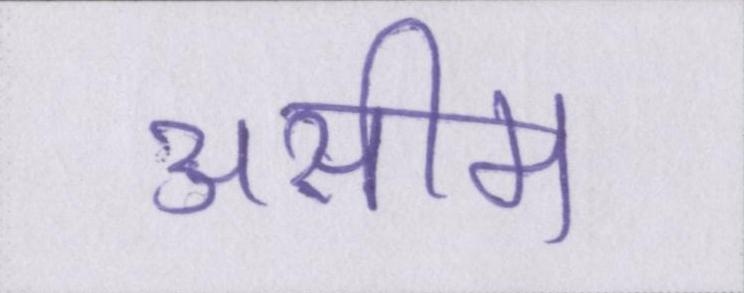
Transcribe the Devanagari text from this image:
असीम